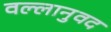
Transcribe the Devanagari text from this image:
वल्लानुवद